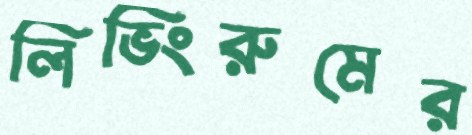
লিভিংরুমের